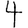
Digit: 4